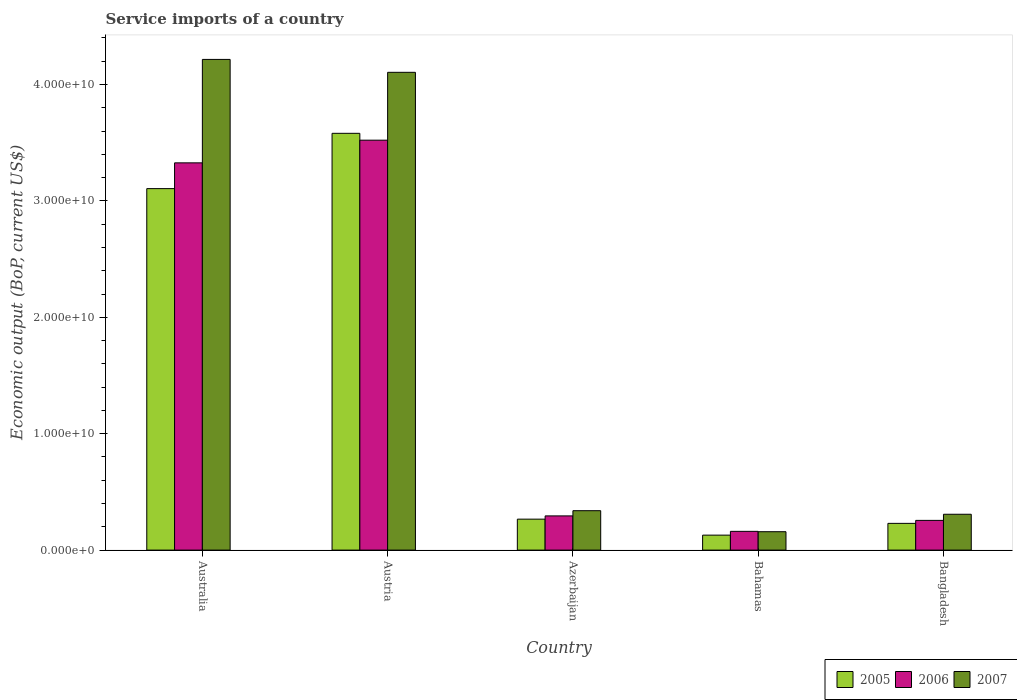
| Country | 2005 | 2006 | 2007 |
 | --- | --- | --- | --- |
 | Australia | 3.11e+10 | 3.33e+10 | 4.22e+10 |
 | Austria | 3.58e+10 | 3.52e+10 | 4.1e+10 |
 | Azerbaijan | 2.66e+09 | 2.94e+09 | 3.39e+09 |
 | Bahamas | 1.29e+09 | 1.61e+09 | 1.58e+09 |
 | Bangladesh | 2.3e+09 | 2.55e+09 | 3.08e+09 |